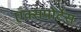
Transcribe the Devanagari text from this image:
एक्सपोर्टेस